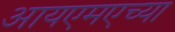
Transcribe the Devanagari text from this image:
आयएमएच्या